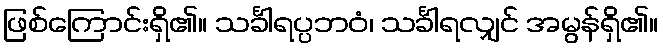
ဖြစ်ကြောင်းရှိ၏။ သင်္ခါရပ္ပဘဝံ၊ သင်္ခါရလျှင် အမွန်ရှိ၏။